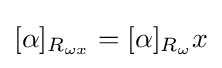
[\alpha ]_{R_{\omega x}}=[\alpha ]_{R_{\omega }}x